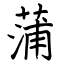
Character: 蒲